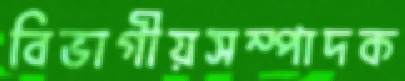
বিভাগীয়সম্পাদক